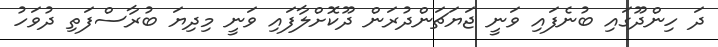
ދަ ހިންދޫގައި ބުނެފައި ވަނީ ޖަޔަޗަންދުރަން ދޫކޮށްލާފައި ވަނީ މިދިޔަ ބުރާސްފަތި ދުވަހު